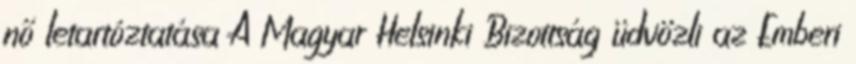
nő letartóztatása A Magyar Helsinki Bizottság üdvözli az Emberi